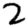
Digit: 2